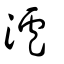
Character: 瀘